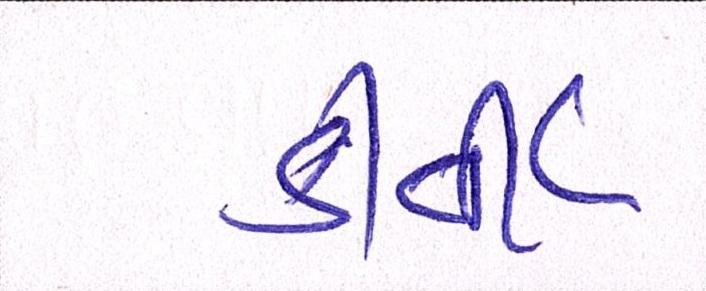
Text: કીર્તિ